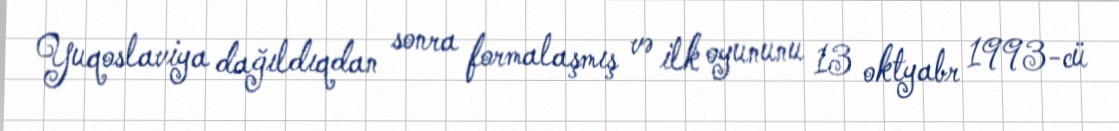
Yuqoslaviya dağıldıqdan sonra formalaşmış və ilk oyununu 13 oktyabr 1993-cü